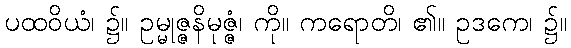
ပထဝိယံ၊ ၌။ ဥမ္မုဇ္ဇနိမုဇ္ဇံ၊ ကို။ ကရောတိ၊ ၏။ ဥဒကေ၊ ၌။